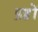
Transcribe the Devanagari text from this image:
प्रष्ठों